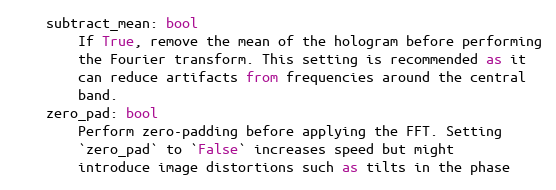
Language: Python
    subtract_mean: bool
        If True, remove the mean of the hologram before performing
        the Fourier transform. This setting is recommended as it
        can reduce artifacts from frequencies around the central
        band.
    zero_pad: bool
        Perform zero-padding before applying the FFT. Setting
        `zero_pad` to `False` increases speed but might
        introduce image distortions such as tilts in the phase